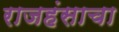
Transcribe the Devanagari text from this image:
राजहंसाचा